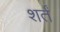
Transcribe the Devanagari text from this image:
शर्तं